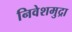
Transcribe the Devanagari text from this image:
निवेशमुद्रा